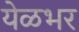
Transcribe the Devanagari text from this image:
येळभर